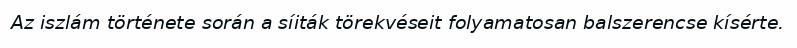
Az iszlám története során a síiták törekvéseit folyamatosan balszerencse kísérte.